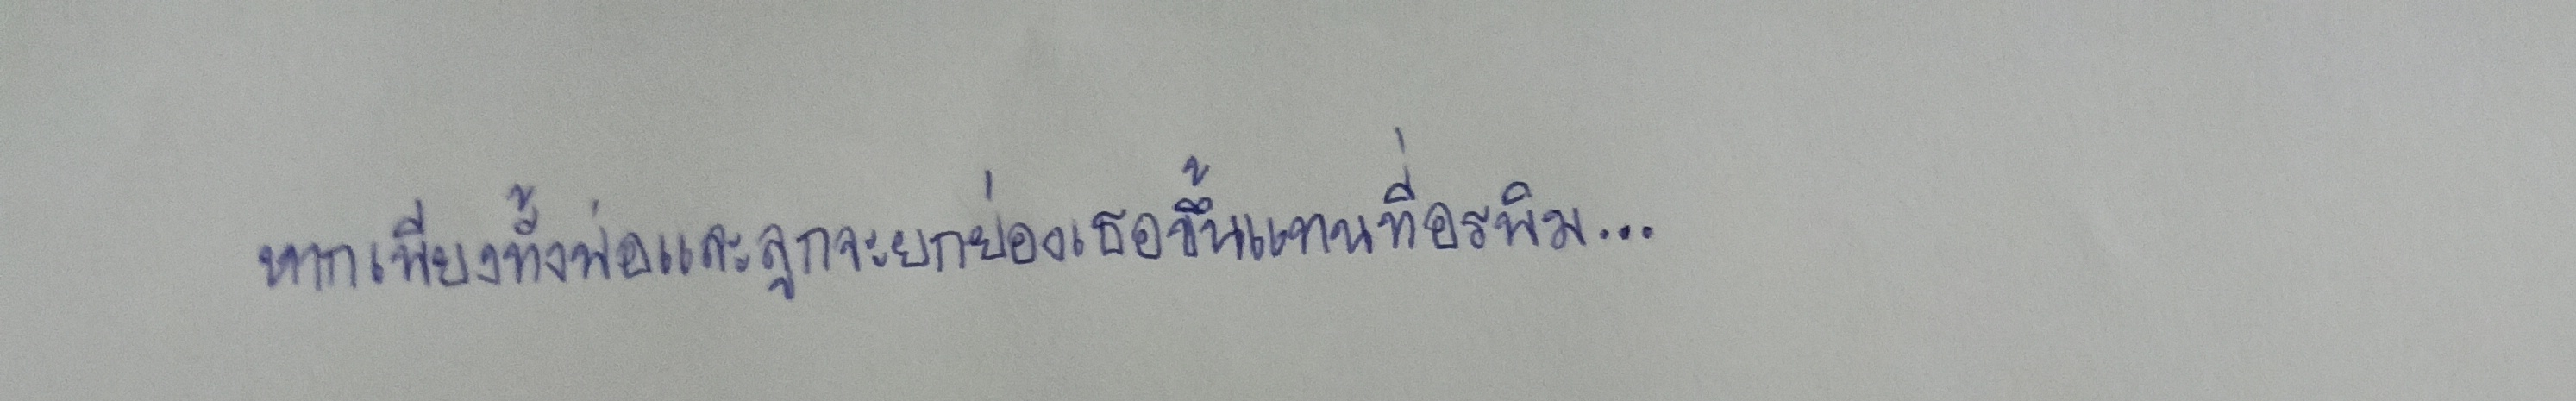
หากเพียงทั้งพ่อและลูกจะยกย่องเธอขึ้นแทนที่อรพิม...